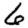
Digit: 6